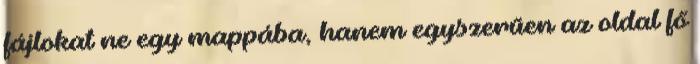
fájlokat ne egy mappába, hanem egyszerűen az oldal fő